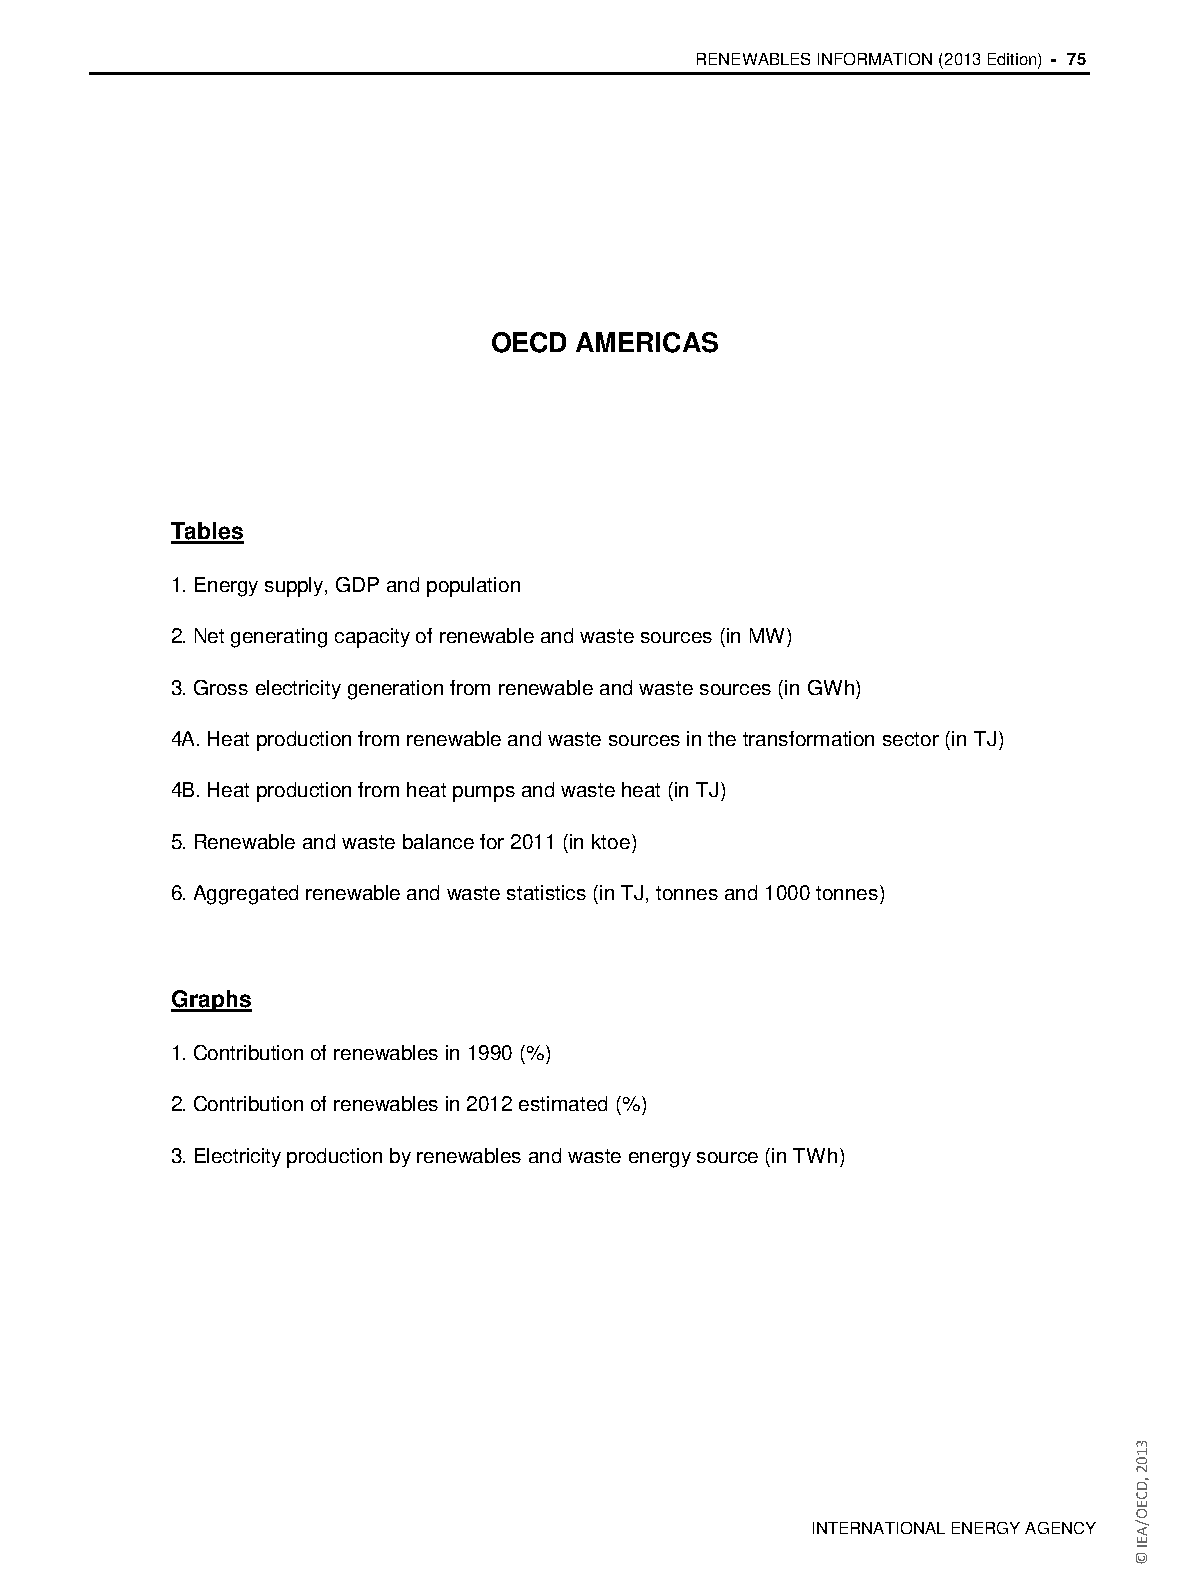
RENEWABLES INFORMATION (2013 Edition) - 75
 OECD  AMERICAS
 Tables
 1. Energy supply, GDP and population
 2. Net generating capacity of renewable and waste sources (in MW)
 3. Gross electricity generation from renewable and waste sources (in GWh)
 4A. Heat production from renewable and waste sources in the transformation sector (in TJ)
 4B. Heat production from heat pumps and waste heat (in TJ)
 5. Renewable and waste balance for 2011 (in ktoe)
 6. Aggregated renewable and waste statistics (in TJ, tonnes and 1000 tonnes)
 Graphs
 1. Contribution of renewables in 1990 (%)
 2. Contribution of renewables in 2012 estimated (%)
 3. Electricity production by renewables and waste energy source (in TWh)
 INTERNATIONAL ENERGY AGENCY
 3102
 ,DCEO/AEI
 ©